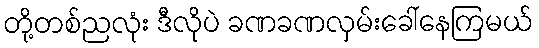
တို့တစ်ညလုံး ဒီလိုပဲ ခဏခဏလှမ်းခေါ်နေကြမယ်